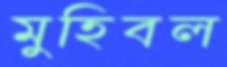
মুহিবল